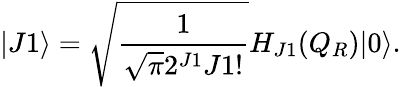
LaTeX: |J1\rangle=\sqrt{\frac{1}{\sqrt{\pi}2^{J1}J1!}}H_{J1}(Q_{R})|0\rangle.